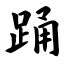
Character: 踊